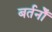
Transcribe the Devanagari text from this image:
बर्तनोँ